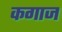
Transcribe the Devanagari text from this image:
कगाज